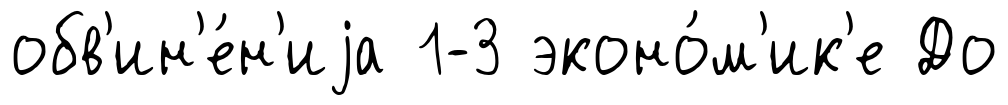
обв'ин'е́н'иjа 1-3 эконо́м'ик'е До